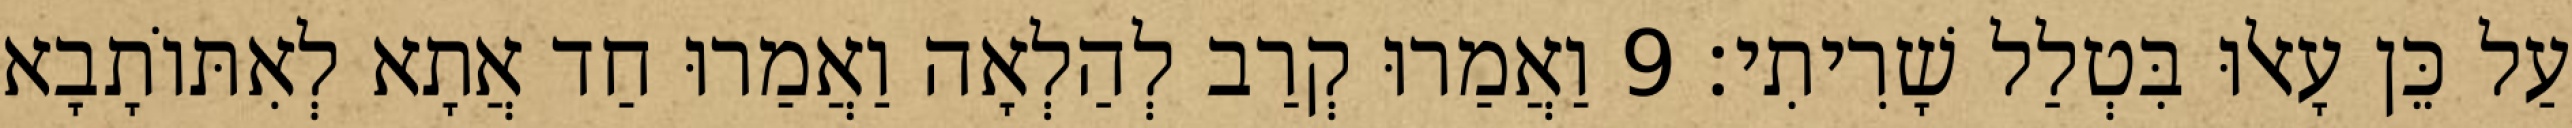
עַל כֵּן עָאלוּ בִּטְלַל שָׁרִיתִי׃ 9 וַאֲמַרוּ קְרַב לְהַלְאָה וַאֲמַרוּ חַד אֲתָא לְאִתּוֹתָבָא